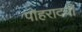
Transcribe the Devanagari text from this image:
पोहरादवी